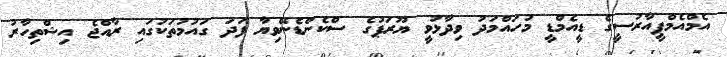
އެމްއެމްޕީއާރުސީގެ ޑީއެމްޑީ މުހައްމަދު ވިދާޅުވީ ޔޫރަޕުގެ ސްކެންޑެނޭވިޔާ ފަދަ ގައުމުތަކުގައި ރާއްޖެ އިޝްތިހާރު